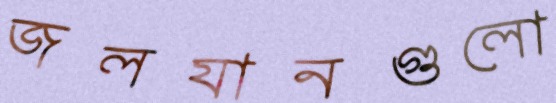
জলযানগুলো